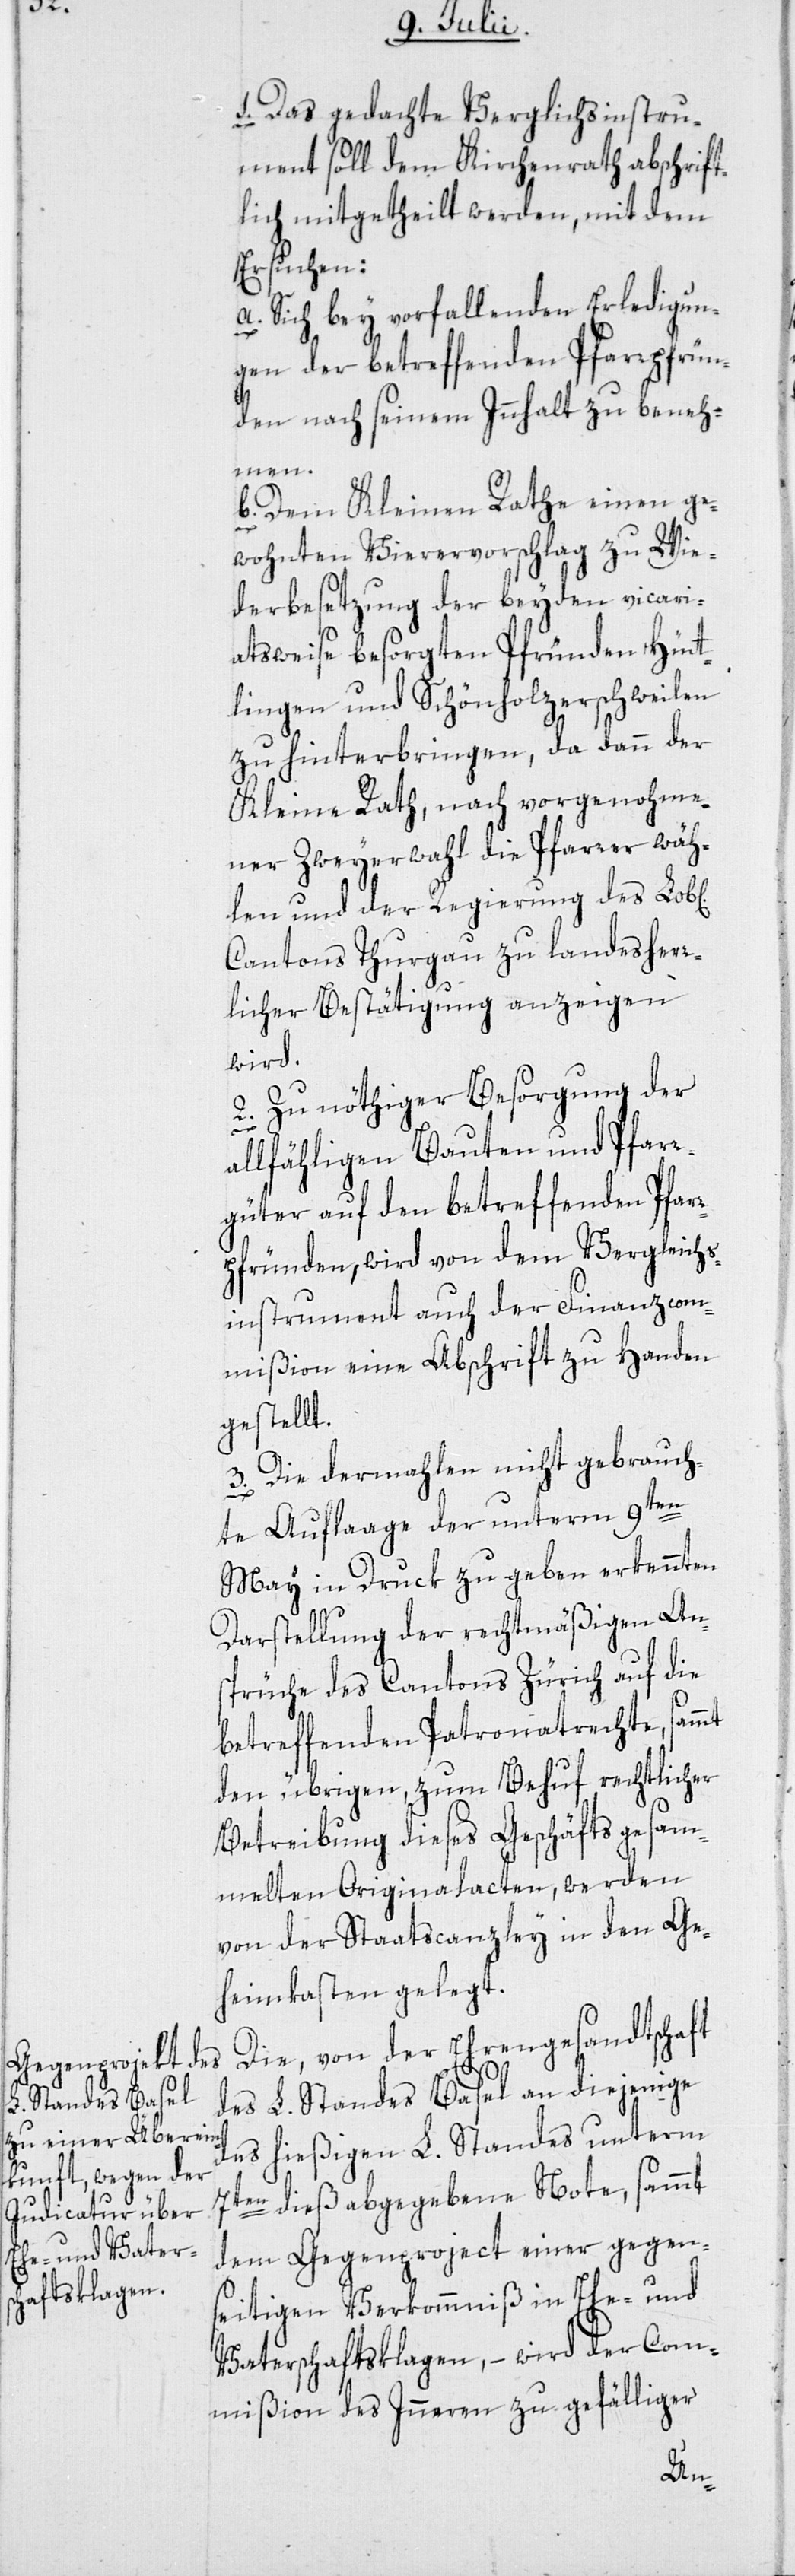
1. Das gedachte Verglichsinstru¬
ment soll dem Kirchenrath abschrift¬
lich mitgetheilt werden, mit dem
Ersuchen:
a. Sich bey vorfallenden Erledigun¬
gen der betreffenden Pfarrpfrün¬
den nach seinem Innhalt zu beneh¬
ichen]
b. Dem Kleinen Rathe einen ge¬
wohnten Vierervorschlag zu Wie¬
derbesetzung der beyden vicari¬
atsweise besorgten Pfründen Hüt¬
tlingen und Schönholzerschweilen
zu hinterbringen, da dann der
Kleine Rath, nach vorgenohme¬
ner Zweyerwahl die Pfarrer wäh¬
len und der Regierung des Lob[l¬
Cantons Thurgau zu landesherr¬
licher Bestätigung anzeigen
wird.
2. Zu nöthiger Besorgung der
allfähligen Bauten und Pfarr¬
güter auf den betreffenden Pfarr¬
pfründen, wird von dem Vergleichs¬
instrument auch der Finanzcom¬
mißion eine Abschrift zu Handen
gestellt.
3. Die dermahlen nicht gebrauch¬
te Auflaage der unterm 9ten
May in Druck zu geben erkennten
Darstellung der rechtmäßigen An¬
sprüche des Cantons Zürich auf die
betreffenden Patronatrechte, sammt
den übrigen, zum Behuf rechtlicher
Betreibung dieses Geschäfts gesam¬
melten Originalacten, werden
von der Staatscanzley in den Ge¬
heimkasten gelegt.
Die, von der Ehrengesandtschaft
des L. Standes Basel an diejenige
des hießigen L. Standes unterm
7ten dieß abgegebene Note, sammt
dem Gegenproject einer gegen¬
seitigen Verkommniß in Ehe- und
Vaterschaftsklagen, – wird der Com¬
mißion des Inneren zu gefälliger